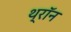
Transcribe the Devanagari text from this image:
थ्रॉन